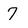
Character: 7